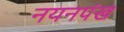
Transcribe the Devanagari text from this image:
नयनपंख